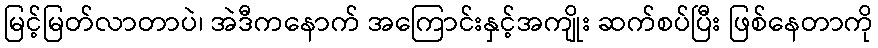
မြင့်မြတ်လာတာပဲ၊ အဲဒီကနောက် အကြောင်းနှင့်အကျိုး ဆက်စပ်ပြီး ဖြစ်နေတာကို